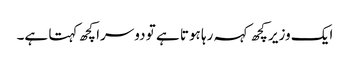
ایک وزیر کچھ کہہ رہا ہوتا ہے تو دوسرا کچھ کہتا ہے۔